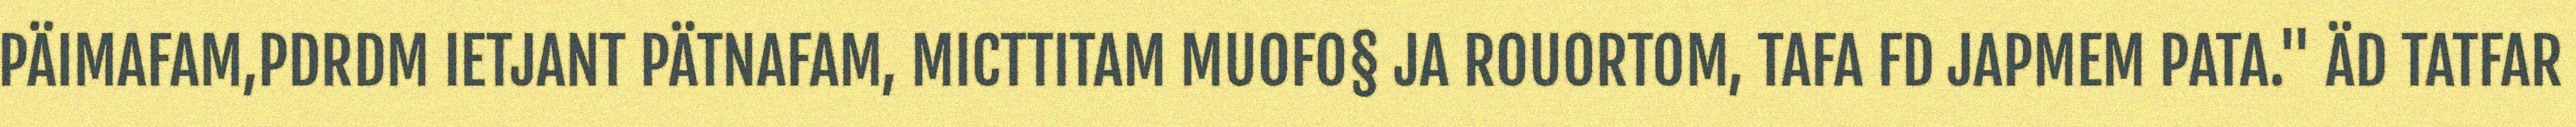
PÄIMAFAM,PDRDM IETJANT PÄTNAFAM, MICTTITAM MUOFO§ JA ROUORTOM, TAFA FD JAPMEM PATA." ÄD TATFAR